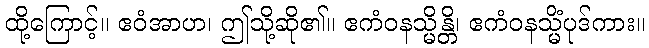
ထို့ကြောင့်။ ဧဝံအာဟ၊ ဤသို့ဆို၏။ ဧကံဝနသ္မိန္တိ၊ ဧကံဝနသ္မိံပုဒ်ကား။